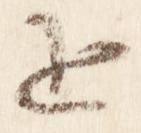
追